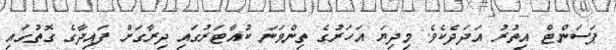
ޕަސަންޓް އިތުރު އަދަދެކެވެ. މިދިޔަ އަހަރުގެ ތިންވަނަ ކުއާޓަރުގައި ދިރާގަށް ފައިދާގެ ގޮތުގައި